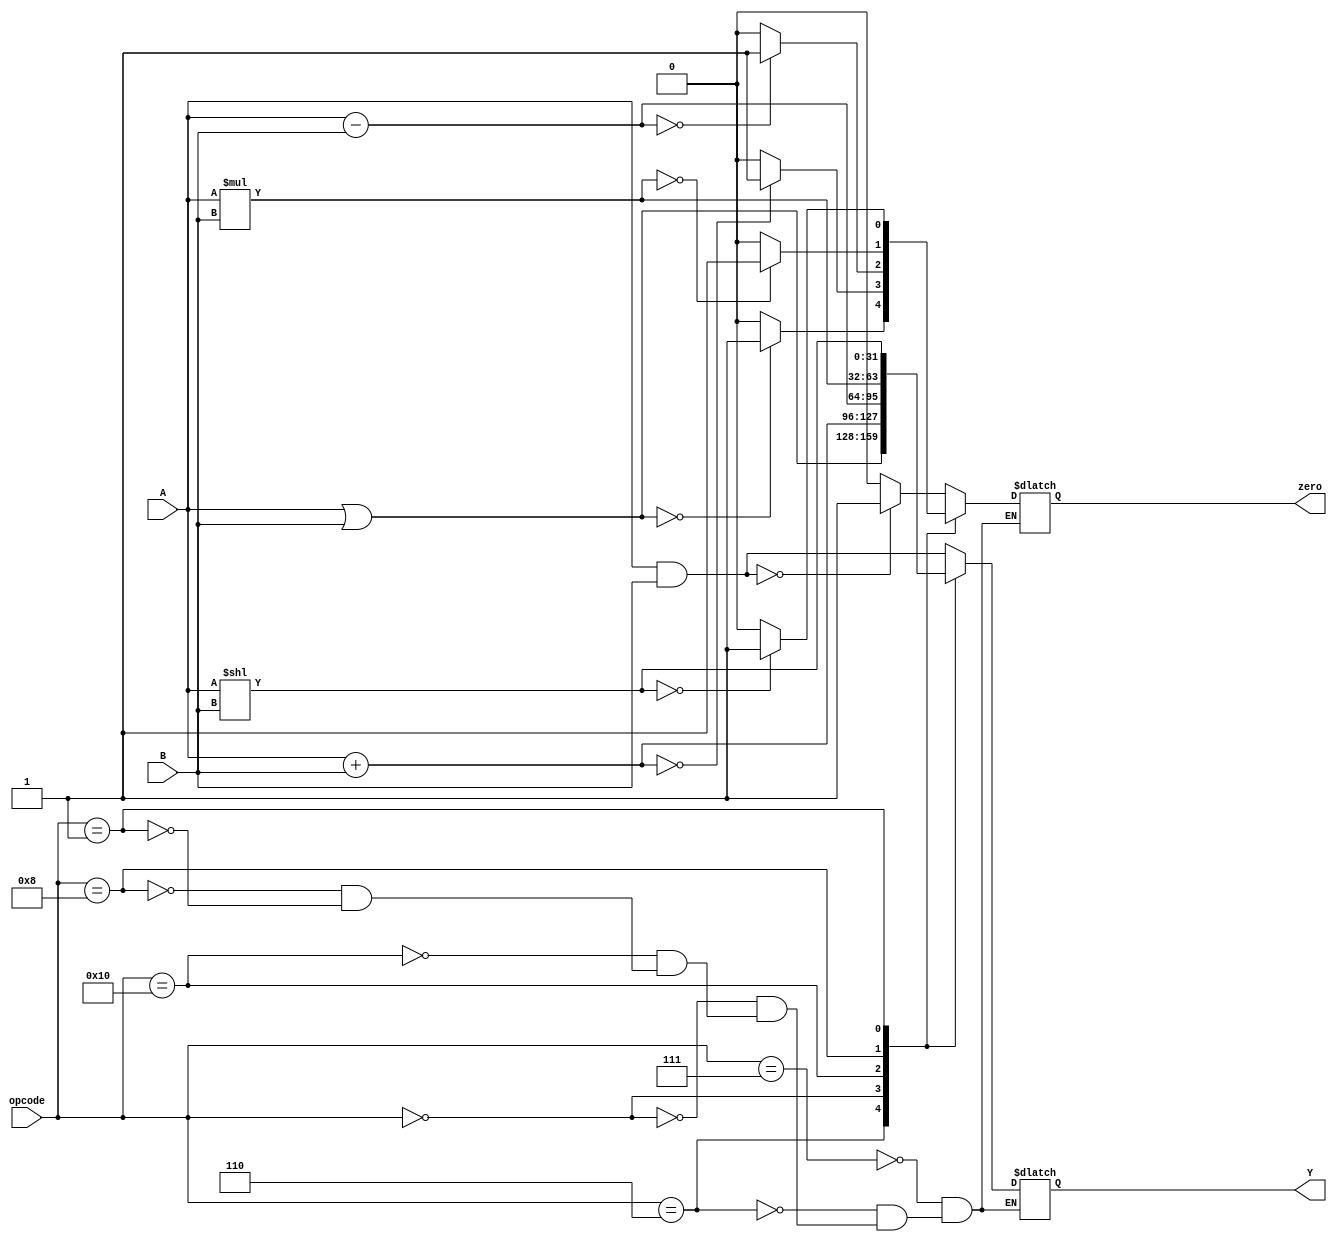
`timescale 1ns / 1ns
//////////////////////////////////////////////////////////////////////////////////
// Company: 
// Engineer: 
// 
// Design Name: 
// Module Name: 
// Project Name: RISC-V Single Cycle Processor
// Target Devices: 
// Tool Versions: 
// Description: 
// 
// Dependencies: 
// 
// Revision:
// Revision 0.01 - File Created
// Additional Comments:
// 
//////////////////////////////////////////////////////////////////////////////////

module ALU
(
  output wire signed [31:0] Y,    // output of A B compute result
  output zero,                    // flag indicate the output is zero

  input signed [31:0] A,          // Data A
  input signed [31:0] B,          // Data B
  input [4:0] opcode              // Operation Code
  );

  reg [31:0] YI;
  reg zeroI;
always @ (*) begin
   
case (opcode)
    5'b00111: begin
    YI = A & B;
    zeroI = 0;
     if (YI == 0)
      
        zeroI = 1;
     else
        zeroI = 0;   
    end
    5'b00110: begin
    YI = A | B;
    zeroI = 0;
        if (YI == 0)
        
        zeroI = 1;
         else
        zeroI = 0;     
    end
    5'b00000: begin
    YI = A + B;
        if (YI == 0)
       
        zeroI = 1;
             else
        zeroI = 0; 
    end
    5'b10000: begin
    YI = A - B;
    if (YI == 0)
        zeroI = 1;
             else
        zeroI = 0; 
    end 
    5'b01000: begin //mult
    YI = A * B;
    zeroI = 0;
        if (YI == 0)
        zeroI = 1;
         else
        zeroI = 0; 

    end
    5'b00001: begin
     YI = A << B;
     if (YI == 0)
     zeroI = 1;
          else
        zeroI = 0; 
    end
    endcase
 end 
assign Y = YI;
assign zero = zeroI;
    
endmodule